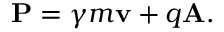
\mathbf { P } = \gamma m \mathbf { \mathbf { v } } + q \mathbf { A } .